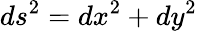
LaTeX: ds^{2}=dx^{2}+dy^{2}